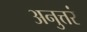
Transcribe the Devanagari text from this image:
अनुत्तरं